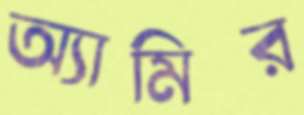
অ্যামির